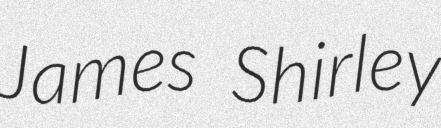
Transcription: James Shirley